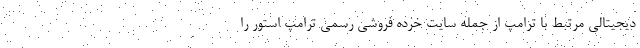
دیجیتالی مرتبط با ترامپ از جمله سایت خرده فروشی رسمی ترامپ استور را